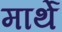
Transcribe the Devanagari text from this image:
मार्थे